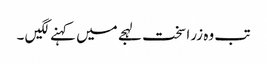
تب وہ زرا سخت لہجے میں کہنے لگیں ۔